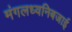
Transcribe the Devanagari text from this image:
मंगलध्वनिबजाई